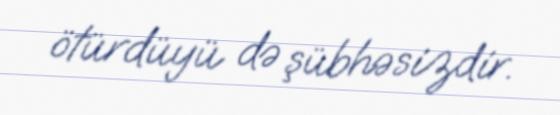
ötürdüyü də şübhəsizdir.